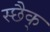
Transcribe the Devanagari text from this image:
स्छैक्